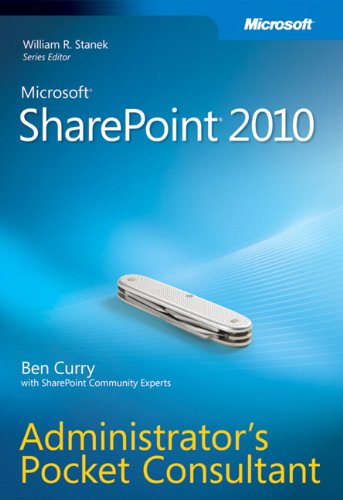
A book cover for Microsoft SharePoint 2010 Administrator's Pocket Consultant; Ben Curry; Computers & Technology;